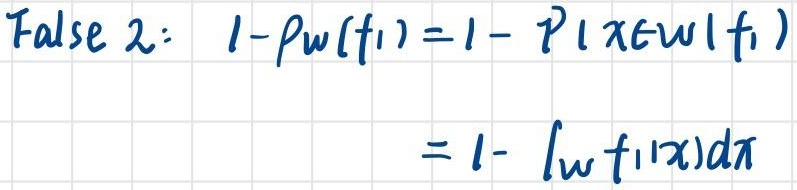
False 2:
\begin{align*}
1 - \mu_{W}(f_1)&=1 - P(X\in W|f_1)\\
&=1-\int_{W} f_1(x)dx
\end{align*}